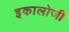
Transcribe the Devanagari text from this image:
इकालोजी